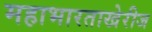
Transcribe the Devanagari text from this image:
महाभारताखेरीज